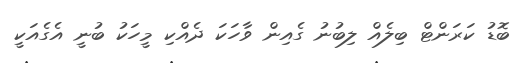
ބޮޑު ކަރަންޓް ބިލެއް ލިބުނު ގެއިން ވާހަކަ ދެއްކި މީހަކު ބުނީ އެގެއަކީ